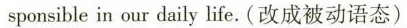
sponsible in our daily life.(改成被动语态)